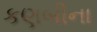
કણબીના